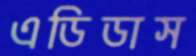
এডিডাস